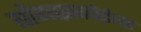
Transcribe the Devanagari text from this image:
बोगाझकोईच्या